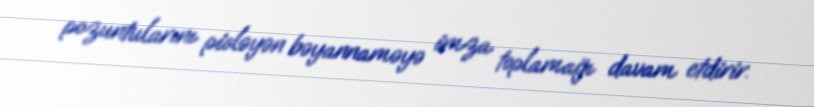
pozuntularını pisləyən bəyannaməyə imza toplamağı davam etdirir.